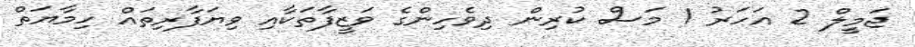
ޖަމީލް 2 އަހަރު 1 މަސް ކުރިން ދިވެހިންގެ ވަޒީފާތަކާއި ވިޔަފާރިތައް ހިމާޔަތް